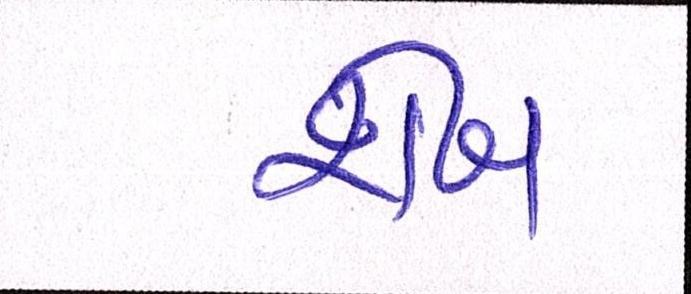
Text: શેખ